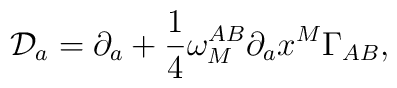
{\cal D}_a=\partial_a + {1\over 4}\omega_M^{AB}\partial_ax^M\Gamma_{AB},